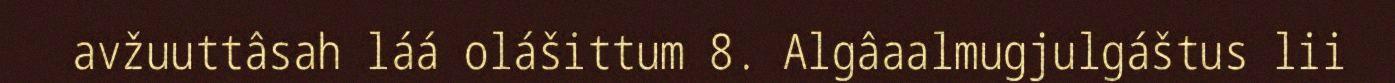
avžuuttâsah láá olášittum 8. Algâaalmugjulgáštus lii